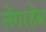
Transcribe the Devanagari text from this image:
लेंगरहेंस